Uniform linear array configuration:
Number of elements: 16
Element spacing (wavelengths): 1
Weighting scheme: exponential
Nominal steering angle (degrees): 45
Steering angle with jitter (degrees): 44.82
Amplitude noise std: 0.05
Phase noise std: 0.05

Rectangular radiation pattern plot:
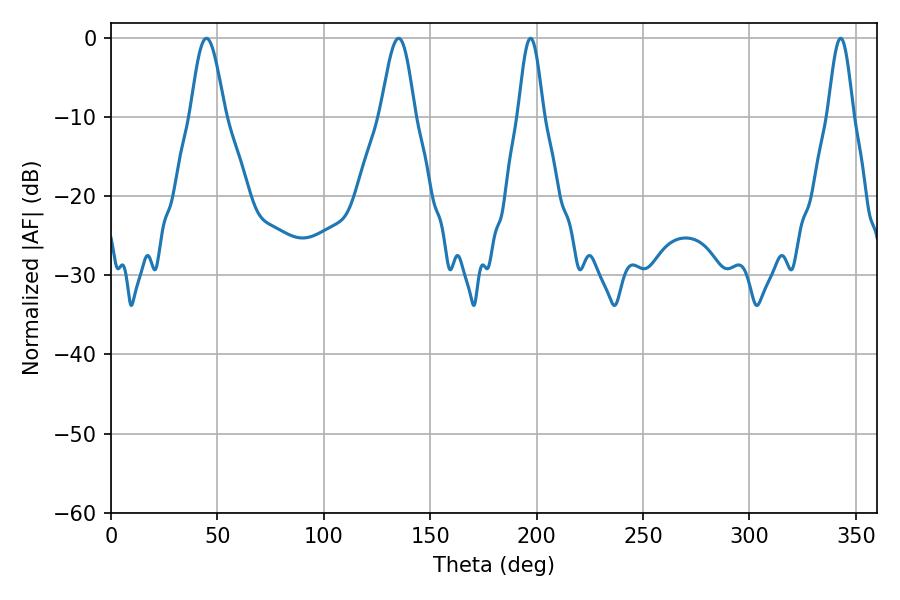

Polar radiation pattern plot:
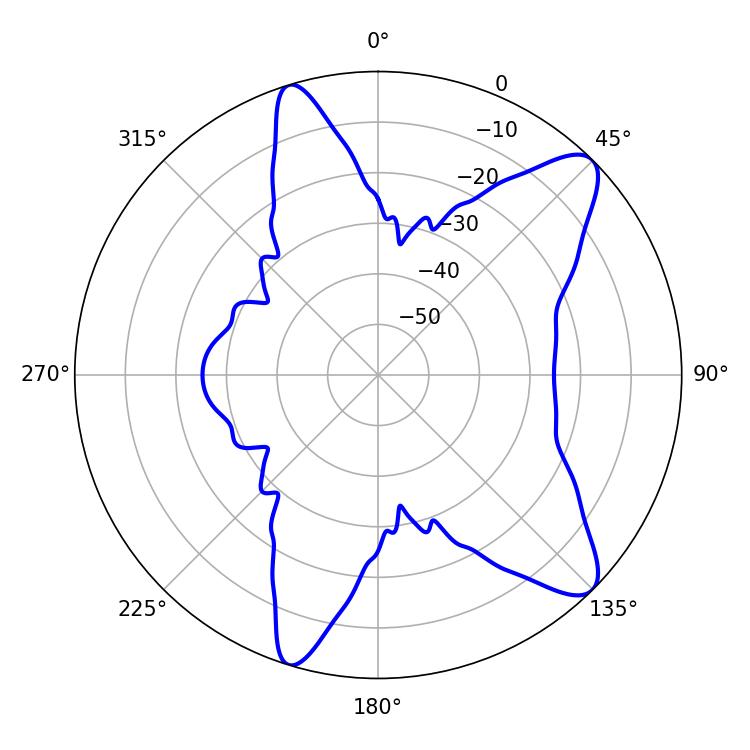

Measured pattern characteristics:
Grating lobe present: TRUE
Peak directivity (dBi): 10.554
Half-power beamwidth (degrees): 8.64
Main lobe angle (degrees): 44.82